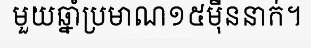
មួយឆ្នាំប្រមាណ១៥ម៉ឺននាក់។